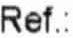
REF.: